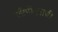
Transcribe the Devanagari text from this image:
जीपीएसची